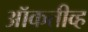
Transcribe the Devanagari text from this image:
ऑकतीव्ह